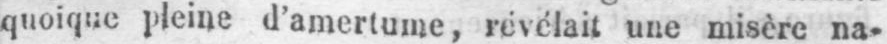
quoique pleine d’amertume, révélait une misère na-